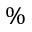
\%